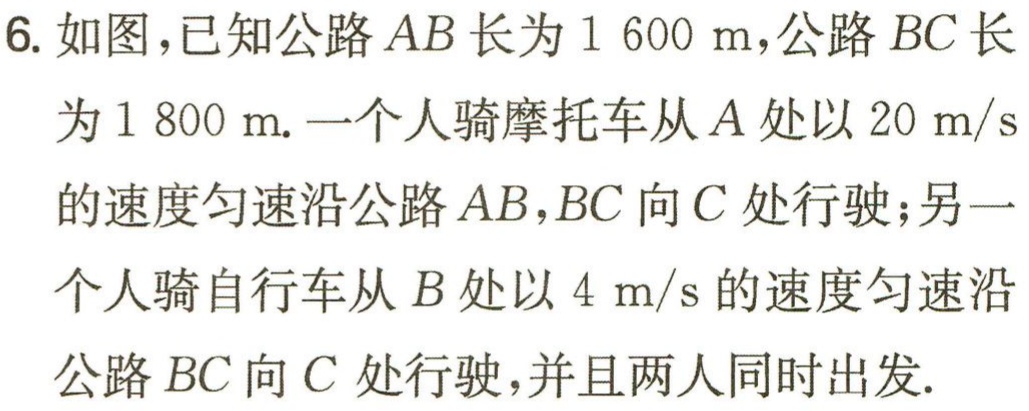
6. 如图，已知公路 \(AB\) 长为 \(1600\ \text{m}\)，公路 \(BC\) 长为 \(1800\ \text{m}\). 一个人骑摩托车从 \(A\) 处以 \(20\ \text{m/s}\) 的速度匀速沿公路 \(AB,BC\) 向 \(C\) 处行驶；另一个人骑自行车从 \(B\) 处以 \(4\ \text{m/s}\) 的速度匀速沿公路 \(BC\) 向 \(C\) 处行驶，并且两人同时出发.